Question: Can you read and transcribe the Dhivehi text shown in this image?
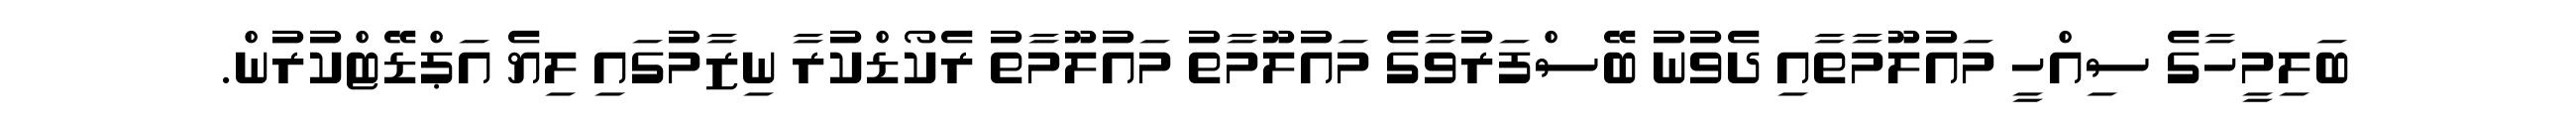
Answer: ބަލިމީހާގެ ސިއްހީ މައުލޫމާތާއި ދެވުނު ބޭސްފަރުވާގެ މައުލޫމާތު މައުލޫމާތު ރެކޯޑްކުރާ ނިޒާމުގައި ލިޔެ އަޕްޑޭޓްކުރުން.